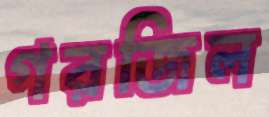
গরজিল